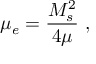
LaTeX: \mu _ { e } = \frac { M _ { s } ^ { 2 } } { 4 \mu } \ ,